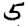
Digit: 5